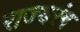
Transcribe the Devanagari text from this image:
राज्यरंग